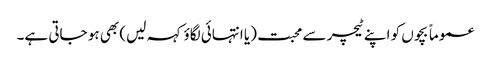
عموماً بچوں کو اپنے ٹیچر سے محبت (یا انتہائی لگاؤ کہہ لیں) بھی ہو جاتی ہے۔